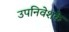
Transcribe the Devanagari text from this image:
उपनिवेशके